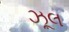
ઝૂલ